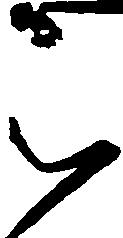
被